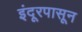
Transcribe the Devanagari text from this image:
इंदूरपासून